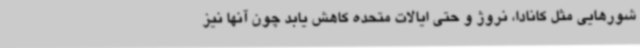
شورهایی مثل کانادا، نروژ و حتی ایالات متحده کاهش یابد چون آنها نیز